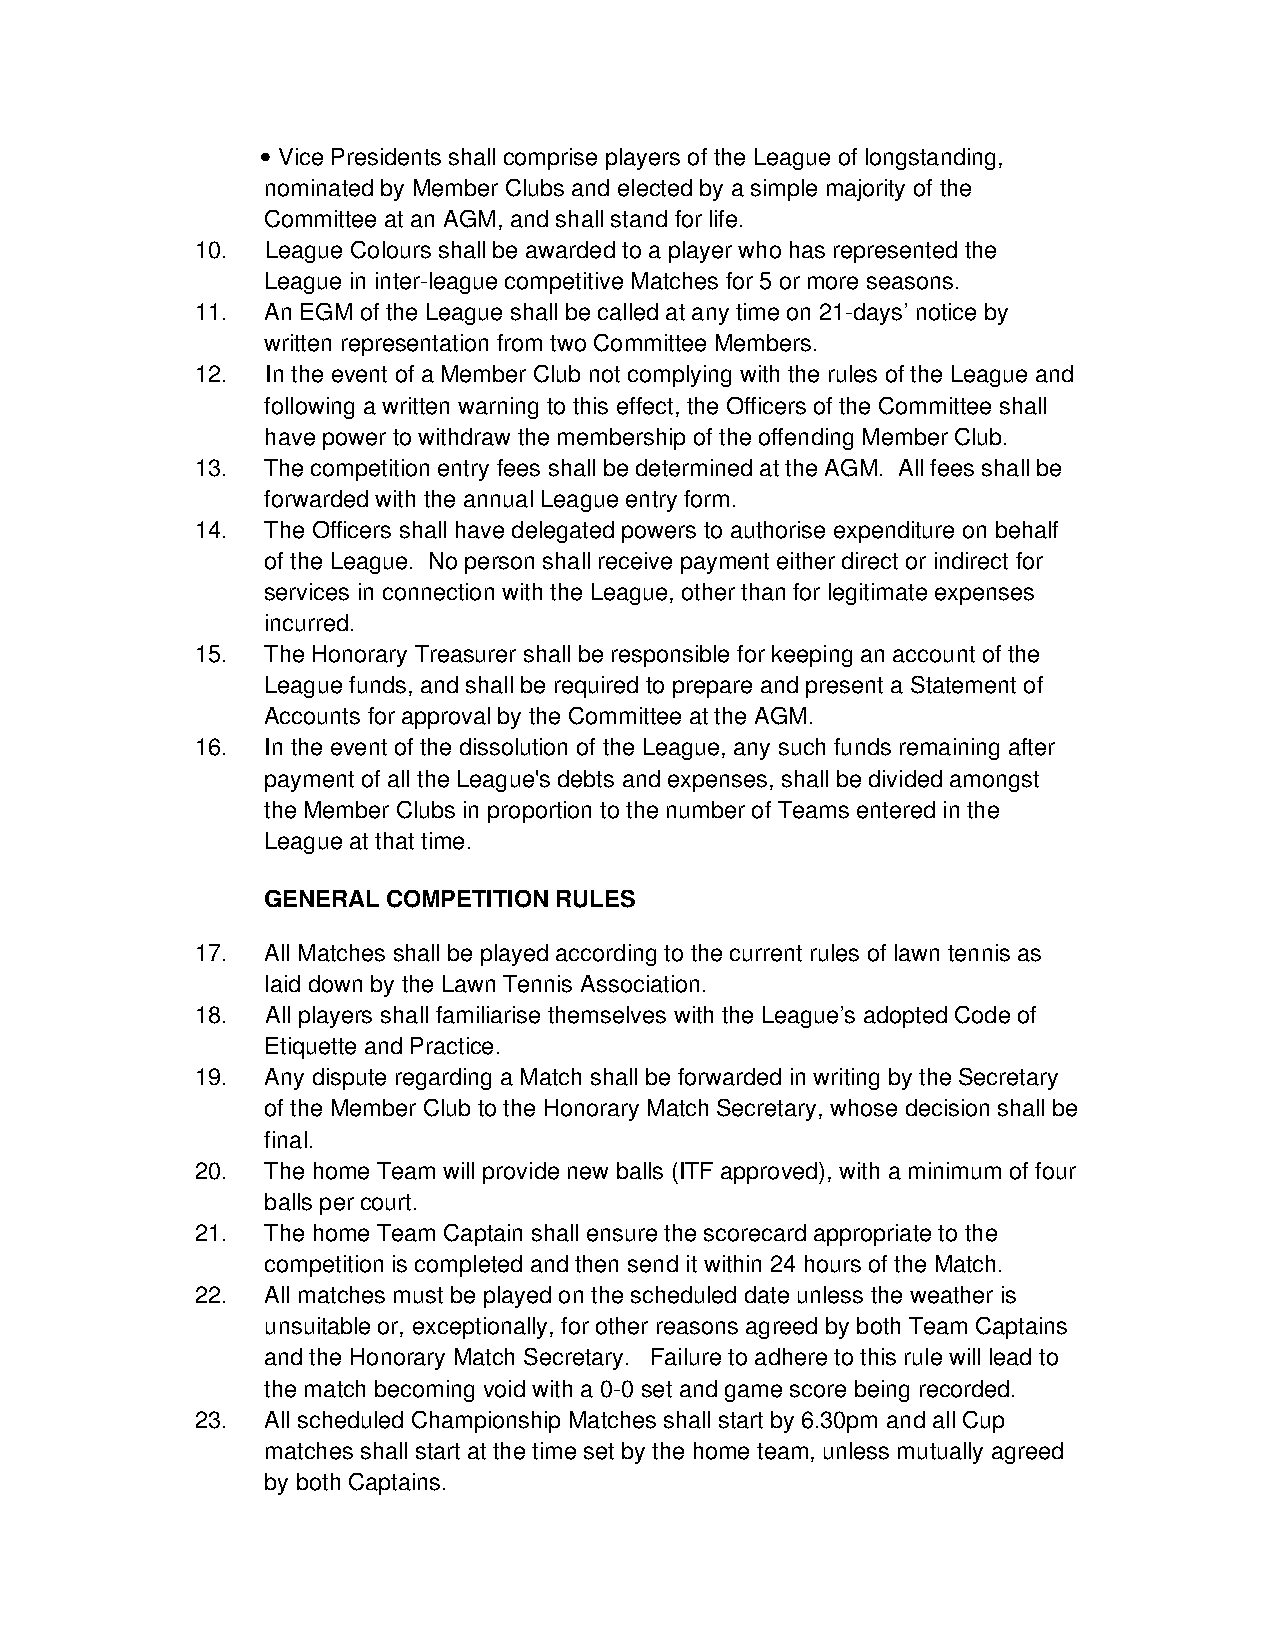
• Vice Presidents shall comprise players of the League of longstanding,
 nominated by Member Clubs and elected by a simple majority of the
 Committee at an AGM, and shall stand for life.
 10.  League Colours shall be awarded to a player who has represented the
 League in inter-league competitive Matches for 5 or more seasons.
 11. An EGM of the League shall be called at any time on 21-days’ notice by
 written representation from two Committee Members.
 12.  In the event of a Member Club not complying with the rules of the League and
 following a written warning to this effect, the Officers of the Committee shall
 have power to withdraw the membership of the offending Member Club.
 13. The competition entry fees shall be determined at the AGM. All fees shall be
 forwarded with the annual League entry form.
 14. The Officers shall have delegated powers to authorise expenditure on behalf
 of the League. No person shall receive payment either direct or indirect for
 services in connection with the League, other than for legitimate expenses
 incurred.
 15. The Honorary Treasurer shall be responsible for keeping an account of the
 League funds, and shall be required to prepare and present a Statement of
 Accounts for approval by the Committee at the AGM.
 16. In the event of the dissolution of the League, any such funds remaining after
 payment of all the League's debts and expenses, shall be divided amongst
 the Member Clubs in proportion to the number of Teams entered in the
 League at that time.
 GENERAL  COMPETITION RULES
 17. All Matches shall be played according to the current rules of lawn tennis as
 laid down by the Lawn Tennis Association.
 18.  All players shall familiarise themselves with the League’s adopted Code of
 Etiquette and Practice.
 19. Any dispute regarding a Match shall be forwarded in writing by the Secretary
 of the Member Club to the Honorary Match Secretary, whose decision shall be
 final.
 20. The home Team will provide new balls (ITF approved), with a minimum of four
 balls per court.
 21. The home Team Captain shall ensure the scorecard appropriate to the
 competition is completed and then send it within 24 hours of the Match.
 22. All matches must be played on the scheduled date unless the weather is
 unsuitable or, exceptionally, for other reasons agreed by both Team Captains
 and the Honorary Match Secretary. Failure to adhere to this rule will lead to
 the match becoming void with a 0-0 set and game score being recorded.
 23. All scheduled Championship Matches shall start by 6.30pm and all Cup
 matches shall start at the time set by the home team, unless mutually agreed
 by both Captains.